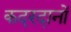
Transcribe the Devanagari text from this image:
कदरदानों